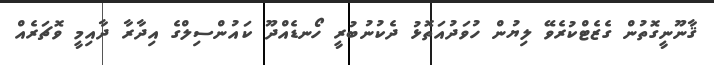
ޤާނޫނީގޮތުން ގެޒެޓްކުރެވޭ ލިޔުން ހުވަދުއަތޮޅު ދެކުނުބުރީ ހޯނޑެއްދޫ ކައުންސިލްގެ އިދާރާ ދާއިމީ ވޮޗަރެއް